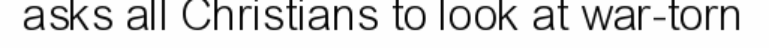
asks all Christians to look at war-torn